Tezpur Lunatic Asylum reports 1877-1894 - 1877-1894
Year: 1877
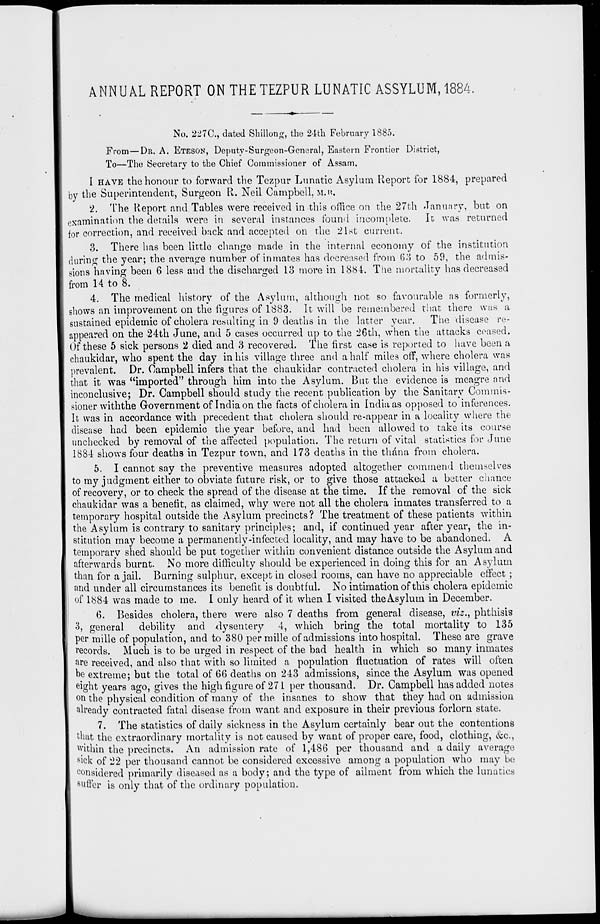
ANNUAL REPORT ON THETEZPUR LUNATIC ASSYLUM, 1884.
No. 227C, dated Shillotig, the 24th February 1885.
From—DR. A. ETESON, Deputy-Surgeon-General, Eastern Frontier District,
To—The Secretary to the Chief Commissioner of Assam.
I HAVE the honour to forward the Tezpur Lunatic Asylum Report for 1884, prepared
by the Superintendent, Surgeon R. Neil Campbell, M.H.
2. 'Hie Report and Tables were received in this office on the 27th January, but on
examination the details were in several instances found incomplete. It was returned
for correction, and received back and accepted on the 21st current.
3. There has been little change made in the internal economy of the institution
during the year; the average number of inmates has decreased from 63 to 59, the admis-
sions having been 6 less and the discharged 13 more in 1884. The mortality has decreased
from 14 to 8.
4. The medical history of the Asylum, although not so favourable ns formerly,
shows an improvement on the figures of 1883. It will be remembered that there was a
sustained epidemic of cholera resulting in 9 deaths in the latter year. The disease re-
appeared on the 24th June, and 5 cases occurred up to the 26th, when the attacks ceased.
Of these 5 sick persons 2 died and 3 recovered. The first case is reported to have been a
chaukidar, who spent the day in his village three and a half miles off, where cholera was
prevalent. Dr. Campbell infers that the chaukidar contracted cholera in his village, and
that it was "imported" through him into the Asylum. But the evidence is meagre and
inconclusive; Dr. Campbell should study the recent publication by the Sanitary Commis-
sioner withthe Government of India on the facts of cholera in India as opposed to inferences.
It was in accordance with precedent that cholera should re-appear in a locality where the
disease had been epidemic the year before, and had been allowed to take its course
unchecked by removal of the affected population. The return of vital statistics for June
1884 shows four deaths in Tezpur town, and 173 deaths in the thana from cholera.
5. I cannot say the preventive measures adopted altogether commend themselves
to my judgment either to obviate future risk, or to give those attacked a better chance
of recovery, or to check the spread of the disease at the time. If the removal of the sick
chaukidar was a benefit, as claimed, why w r ere not all the cholera inmates transferred to a
temporary hospital outside the Asylum precincts? The treatment of these patients within
the Asylum is contrary to sanitary principles; and, if continued year after year, the in-
stitution may become a permanently-infected locality, and may have to be abandoned. A
temporary shed should be put together within convenient distance outside the Asylum and
afterwards burnt. No more difficulty should be experienced in doing this for an Asylum
than for a jail. Burning sulphur, except in closed rooms, can have no appreciable effect ;
and under all circumstances its benefit is doubtful. No intimation of this cholera epidemic
of 1884 was made to me. I only heard of it when I visited the Asylum in December.
6. Besides cholera, there were also 7 deaths from general disease, viz., phthisis
3, general debility and dysentery 4, which bring the total mortality to 135
per mille of population, and to 380 per mille of admissions into hospital. These are grave
records. Much is to be urged in respect of the bad health in which so many inmates
are received, and also that with so limited a population fluctuation of rates will often
he extreme; but the total of 66 deaths on 243 admissions, since the Asylum was opened
eight years ago, gives the high figure of 271 per thousand. Dr. Campbell has added notes
on the physical condition of many of the insanes to show that they had on admission
already contracted fatal disease from want and exposure in their previous forlorn state.
7. The statistics of daily sickness in the Asylum certainly bear out the contentions
that the extraordinary mortality is not caused by want of proper care, food, clothing, &c,
Within the precincts. An admission rate of 1,486 per thousand and a daily average
■ s ick of 22 per thousand cannot be considered excessive among a population who may be
considered primarily diseased as a body; and the type of ailment from which the lunatics
suffer is only that of the ordinary population.